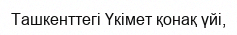
Ташкенттегі Үкімет қонақ үйі,